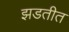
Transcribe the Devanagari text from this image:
झडतीत